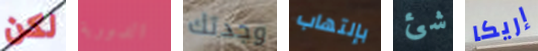
لكن الدورية وجدتك بإلتهاب شئ إريكا